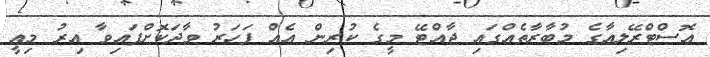
އޮސްޓްރޭލިއާގެ މުބާރާތެއްގައި ޖާއްޓޭ މީގެ ކުރިން އެއް ފަހަރު ވާދަކޮށްފައިވާ އިރު މިއީ